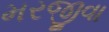
મરજીવા